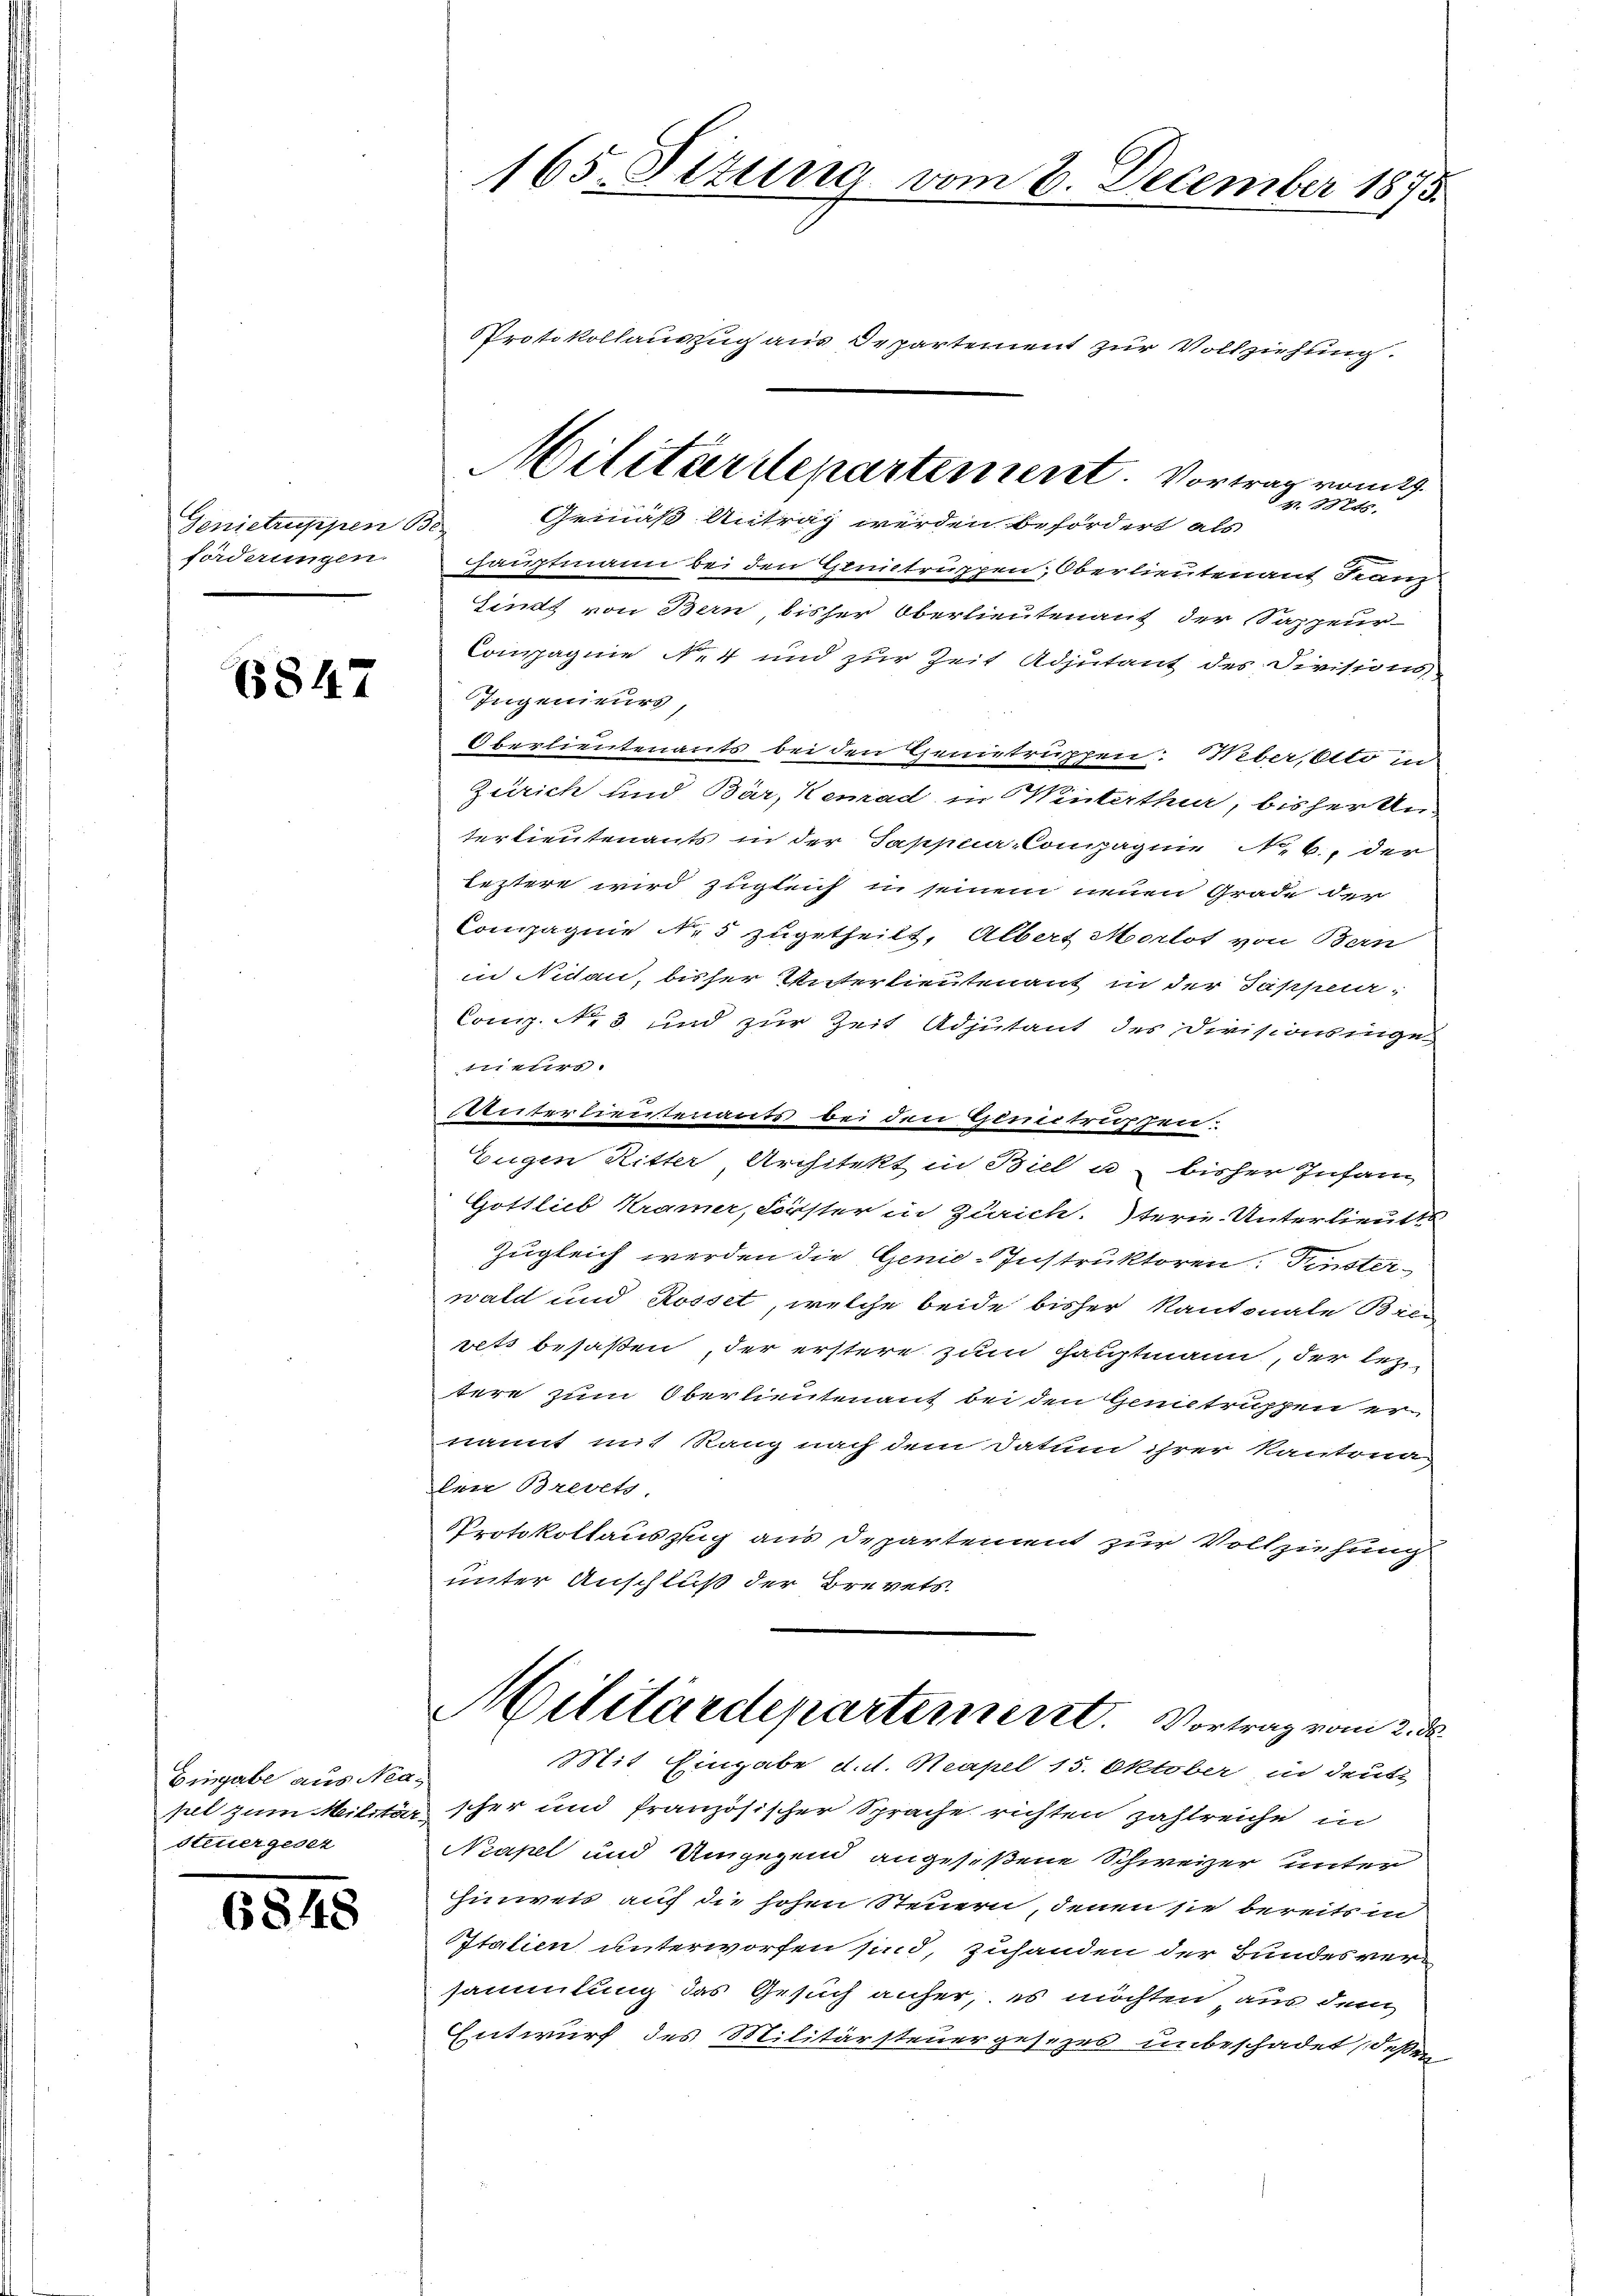
Genietruppen Be
forderungen.

6847

Eingabe aus Nea¬
Steuergesez

6848

Nr. 28745.
Gemäß Antrag werden befordert als
Hauptmann bei den Genitruppen, Oberlieutenant Franz
Sind von Bern, bisher Oberlieutenant der Sappeur-
Compagnie N. 4 und zur Zeit Adjutant des Sivisions
Ingenieurs,
Oberlieutenants bei den Genetruppen: bereito un
Zürich und Bär, Kemad in Winterthur, bisher an-
terlieutenants in der Sappua-Compagnie N. B., der
leztere wird zugleich in seinem neuen Grade der
Compagnie N. 5 zugetheilt, Albert Morlot von Bern
in Nidau, bisher Unterlieutenant in der Jappen,
Comp. Nr. 3 und zur Zeit Adjutant des Divisionsinge
mers
vnterlieutenants bei den gemitressen.
Eugen Ritter, Architekt in Biel u bisher Infan
Gottlieb Kramer, Forster in Zürich. terne. Unterlieutt
Zugleich werden die Genie-Instruktoren. Diensterwald und Rosset, welche beide bisher Kantonale Bren
vets besaßen, der erstere zum Hauptmann, der leztere zum Oberlieutenant bei den Genitruppen er
nannt mit Rang nach dem Datum ihrer Kantona
lei Brevets
Protokollauszug aus Departement zur Vollziehung
unter Anschluß der Brevets.
Militärdepartement. Vortrag vom 2. d.
Mit Eingabe d.d. Neapel 15. Oktober in deute
pet zum Militär scher und französischer Sprache richten zahlreiche in
Neapel und Umgegend angeseßene Schweizer unter
Hinweis auf die hohen Steuern, denen sie bereits in
Italien unterworfen sind, zuhanden der Bundesversammlung das Gesuch anher, es möchten aus dem
Entwurf des Militärsteuergesezes unbeschadet, deßen

165. Situng vom 8. December 1875.

Protokollauszug aus Departement zur Vollziehung.
Militärdepartement. Vortrag vom 29.